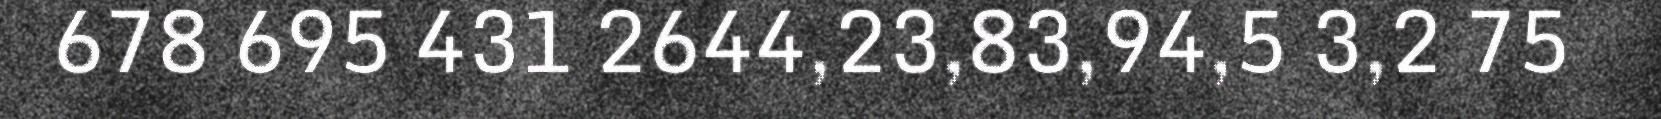
678 695 431 2644,23,83,94,5 3,2 75